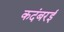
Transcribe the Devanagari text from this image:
कदंबरई